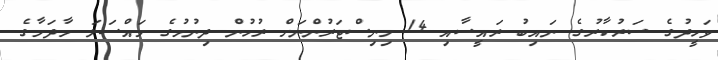
ވަހީދުގެ ސަރުކާރުގެ ނައިބު ރައީސާއި 14 މިނިސްޓަރުންނަށް ރުހުން ދިނުމުގެ މައްސަލަ މާދަމާގެ